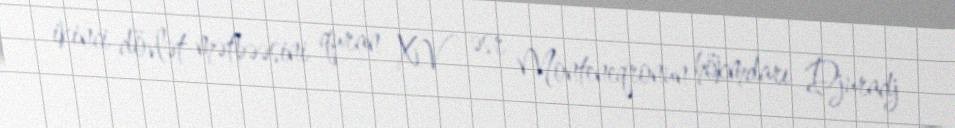
ikinci dövlət mətbəəsini quran XV əsr Monteneqronun hökmdarı Djuradj